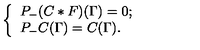
\left\{ \begin{array} { l c } { P _ { - } ( C * F ) ( \Gamma ) = 0 ; } \\ { P _ { - } C ( \Gamma ) = C ( \Gamma ) . } \\ \end{array} \right.